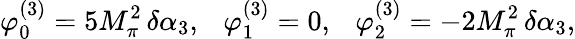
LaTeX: \varphi_{0}^{(3)}=5M_{\pi}^{2}\, \delta\alpha_{3},~~~\varphi_{1}^{(3)}=0,~~~\varphi_{2}^{(3)}=-2M_{\pi}^{2}\, \delta\alpha_{3},